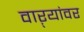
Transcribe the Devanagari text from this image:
वाऱ्यांवर